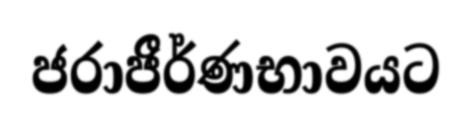
ජරාජීර්ණභාවයට